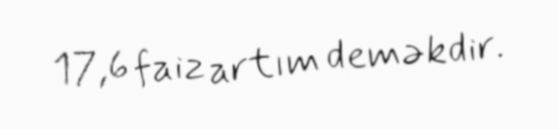
17,6 faiz artım deməkdir.